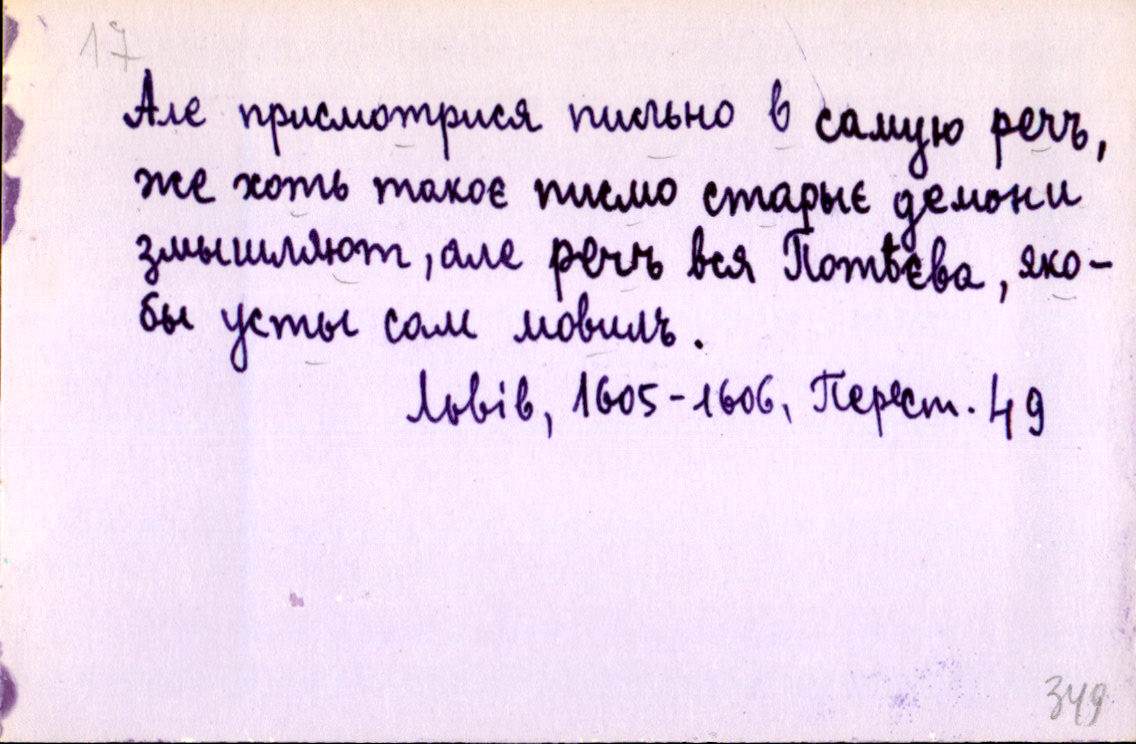
Але присмотрися пильно в самую речъ,
же хоть такоє писмо старыє демони
змышляют, але речъ вся Потѣєва, яко-
бы усты сам мовилъ.
Львів, 1605-1606, Перест. 49